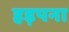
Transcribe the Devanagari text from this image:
हड़पना